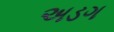
અડગ